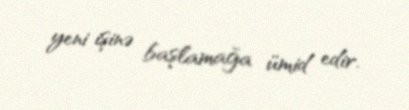
yeni işinə başlamağa ümid edir.